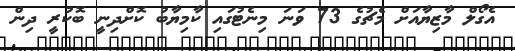
އެގޯލް މާޒިޔާއަށް މެޗުގެ 73 ވަނަ މިނެޓުގައި ކާމިޔާބު ކޮށްދިނީ ބޮކުރީ ދިން